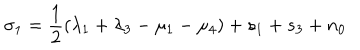
\sigma _ { 1 } = \frac { 1 } { 2 } ( \lambda _ { 1 } + \lambda _ { 3 } - \mu _ { 1 } - \mu _ { 4 } ) + s _ { 1 } + s _ { 3 } + n _ { 0 }